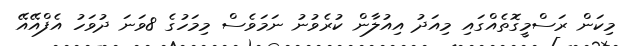
މިކަން ރަސްމީގޮތެއްގައި މިއަދު އިއުލާން ކުރެވުނު ނަމަވެސް މިމަހުގެ 8ވަނަ ދުވަހު އެފްއޭއޭ